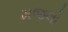
મજલો